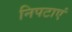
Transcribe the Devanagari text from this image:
निपटाएं